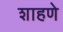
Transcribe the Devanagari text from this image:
शाहणे